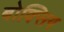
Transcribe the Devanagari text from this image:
बोक्सिग